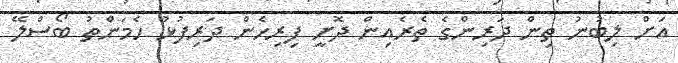
އަށް ލިބުނު ތިން ދަރިންގެ ތެރެއިން ދޮށީ ފިރިހެން ދަރިފުޅު ހެމަންތު ބޯސްލޭ